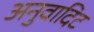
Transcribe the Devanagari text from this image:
अनुवादिट